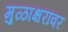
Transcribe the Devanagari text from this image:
मुळाक्षरांवर